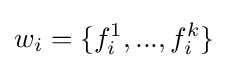
w_{i}=\{f_{i}^{1},...,f_{i}^{k}\}